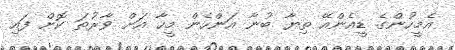
އެމީހުންގެ ޑީއެންއޭ ތިޔާ ބުނާ އަންހެން މީހާ އަށް ވާރުތަ ކޮށް ފައި